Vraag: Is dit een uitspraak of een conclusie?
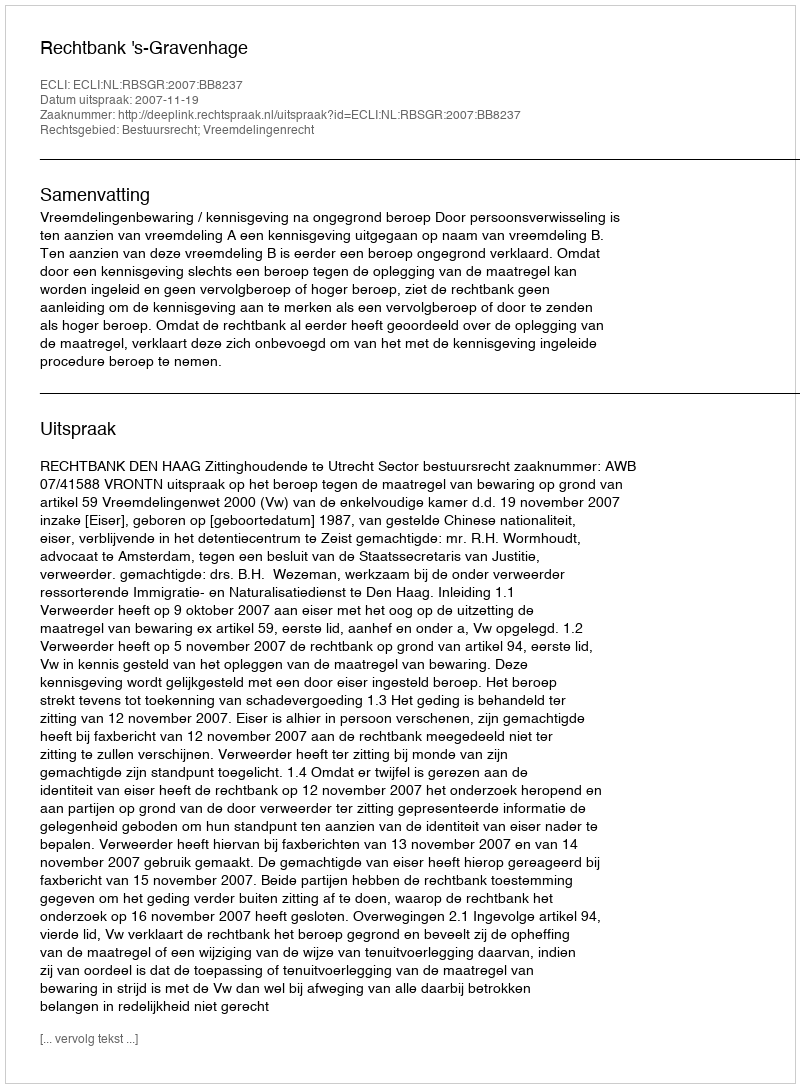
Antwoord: Uitspraak